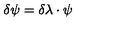
\delta \psi = \delta \lambda \cdot \psi